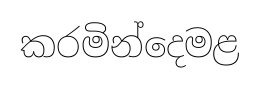
කරමින්දෙමළ